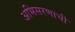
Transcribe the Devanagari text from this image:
अभिसरणाची